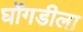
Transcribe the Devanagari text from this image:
घोंगडीला